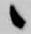
候